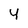
Character: 4